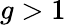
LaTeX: g>1